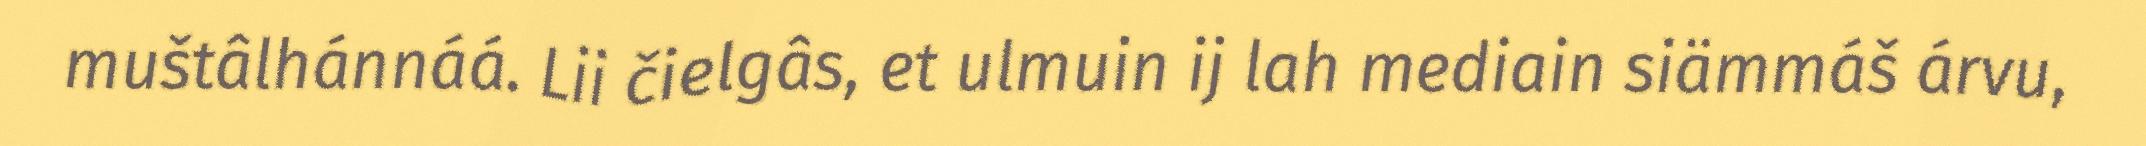
muštâlhánnáá. Lii čielgâs, et ulmuin ij lah mediain siämmáš árvu,